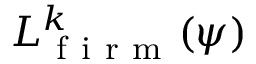
L _ { \mathrm { ~ f ~ i ~ r ~ m ~ } } ^ { k } ( \psi )